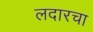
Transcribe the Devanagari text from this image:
लदारचा